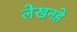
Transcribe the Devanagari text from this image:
लेखनहे